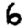
Digit: 6